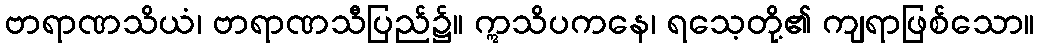
ဗာရာဏသိယံ၊ ဗာရာဏသီပြည်၌။ ဣသိပကနေ၊ ရသေ့တို့၏ ကျရာဖြစ်သော။